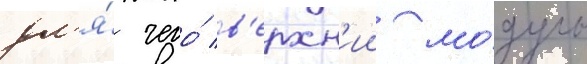
дл'я́ чего́ в'ерхн'ии мо́дуль